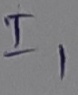
Text: I1